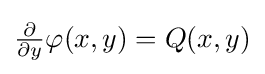
{\textstyle {\frac {\partial }{\partial y}}\varphi (x,y)=Q(x,y)}